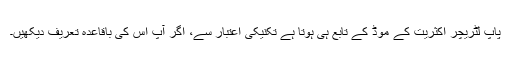
پاپ لٹریچر اکثریت کے موڈ کے تابع ہی ہوتا ہے تکنیکی اعتبار سے، اگر آپ اس کی باقاعدہ تعریف دیکھیں۔